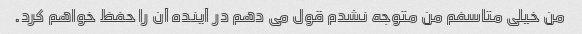
من خیلی متاسفم من متوجه نشدم قول می دهم در آینده آن را حفظ خواهم کرد.